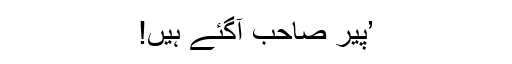
’پیر صاحب آگئے ہیں!